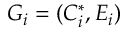
G _ { i } = ( C _ { i } ^ { * } , E _ { i } )